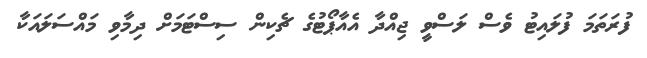
ފުރަތަމަ ފުލައިޓު ވެސް ލަސްވީ ޖިއްދާ އެއާޕޯޓުގެ ޗެކިން ސިސްޓަމަށް ދިމާވި މައްސަލައަކާ